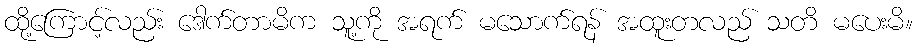
ထို့ကြောင့်လည်း ဒေါက်တာမိက သူ့ကို အရက် မသောက်ရန် အထူးတလည် သတိ မပေးမိ။